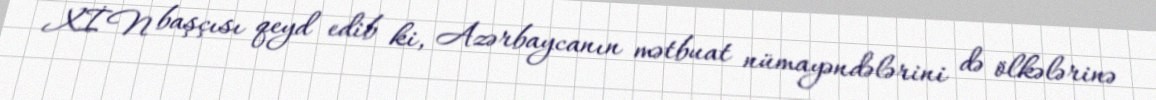
XİN başçısı qeyd edib ki, Azərbaycanın mətbuat nümayəndələrini də ölkələrinə